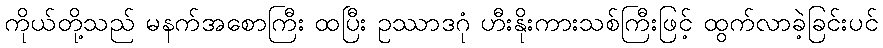
ကိုယ်တို့သည် မနက်အစောကြီး ထပြီး ဥဿာဒဂုံ ဟီးနိုးကားသစ်ကြီးဖြင့် ထွက်လာခဲ့ခြင်းပင်